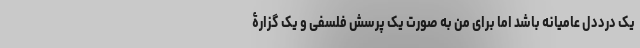
یک درد‌دل عامیانه باشد اما برای من به صورت یک پرسش فلسفی و یک گزارۀ